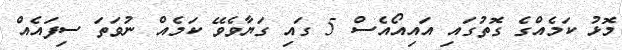
މޮޅު ކަމެއްގެ ގޮތުގައި އައިއޯއެސް 5 ގައި ގަޔާވެވޭ ކަމެއް ނުވަތަ ސިފައެއް